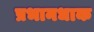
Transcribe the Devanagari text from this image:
प्रभानधाक